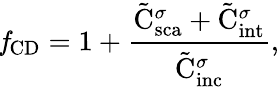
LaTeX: \mathit{f}_{\mathrm{{CD}}}=1+\frac{\tilde{\mathrm{{C}}}_{\mathrm{{sca}}}^{\sigma}+\tilde{\mathrm{{C}}}_{\mathrm{{int}}}^{\sigma}}{\tilde{\mathrm{{C}}}_{\mathrm{{inc}}}^{\sigma}},